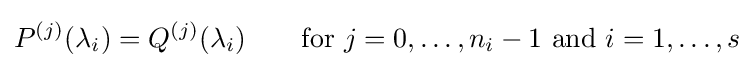
P^{(j)}(\lambda _{i})=Q^{(j)}(\lambda _{i})\qquad {\text{for }}j=0,\ldots ,n_{i}-1{\text{ and }}i=1,\ldots ,s